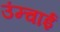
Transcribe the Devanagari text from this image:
उंम्चाई